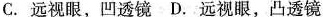
A. 近视眼，凹透镜 B. 近视眼，凸透镜